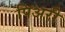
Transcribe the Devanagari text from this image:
पिअरी